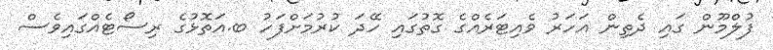
ފުލްމޫން ގައި ދެތިން އަހަރު ވެއިޓަރެއްގެ ގޮތުގައި ހޭދަ ކުރުމަށްފަހު ބ.އަތޮޅުގެ ރިސޯޓެއްގައިވެސް